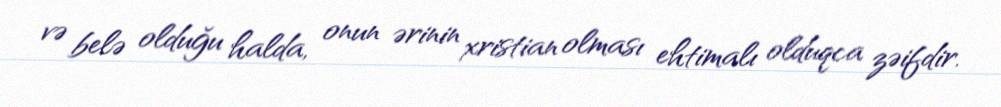
və belə olduğu halda, onun ərinin xristian olması ehtimalı olduqca zəifdir.